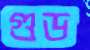
গুড